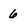
Character: 6